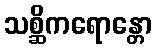
သစ္ဆိကရောန္တော